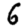
Digit: 6